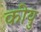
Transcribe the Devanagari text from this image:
कीयु